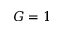
G = 1